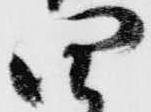
四